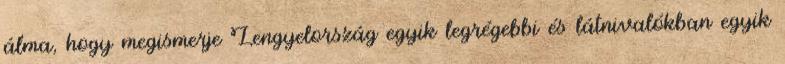
álma, hogy megismerje Lengyelország egyik legrégebbi és látnivalókban egyik